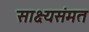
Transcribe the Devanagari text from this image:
साक्ष्यसंमत